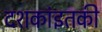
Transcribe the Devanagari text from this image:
दशकांइतकी